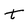
Character: T